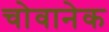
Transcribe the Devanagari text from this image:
चोवानेक